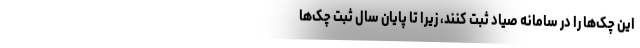
این چک‌ها را در سامانه صیاد ثبت کنند، زیرا تا پایان سال ثبت چک‌ها